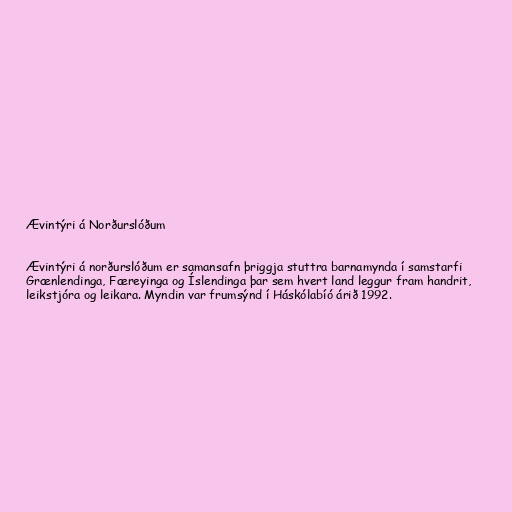
Ævintýri á Norðurslóðum

Ævintýri á norðurslóðum er samansafn þriggja stuttra barnamynda í samstarfi
Grænlendinga, Færeyinga og Íslendinga þar sem hvert land leggur fram handrit,
leikstjóra og leikara. Myndin var frumsýnd í Háskólabíó árið 1992.